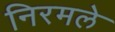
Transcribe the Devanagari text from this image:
निरमले